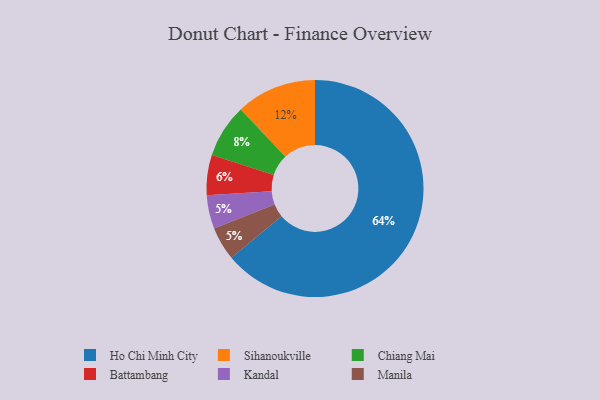
{"axis": {"x": "Category", "y": "Percentage"}, "legend": ["Battambang", "Chiang Mai", "Ho Chi Minh City", "Kandal", "Manila", "Sihanoukville"], "data": [{"x": "Kandal", "y": 5, "type": "Kandal"}, {"x": "Ho Chi Minh City", "y": 64, "type": "Ho Chi Minh City"}, {"x": "Manila", "y": 5, "type": "Manila"}, {"x": "Chiang Mai", "y": 8, "type": "Chiang Mai"}, {"x": "Sihanoukville", "y": 12, "type": "Sihanoukville"}, {"x": "Battambang", "y": 6, "type": "Battambang"}]}